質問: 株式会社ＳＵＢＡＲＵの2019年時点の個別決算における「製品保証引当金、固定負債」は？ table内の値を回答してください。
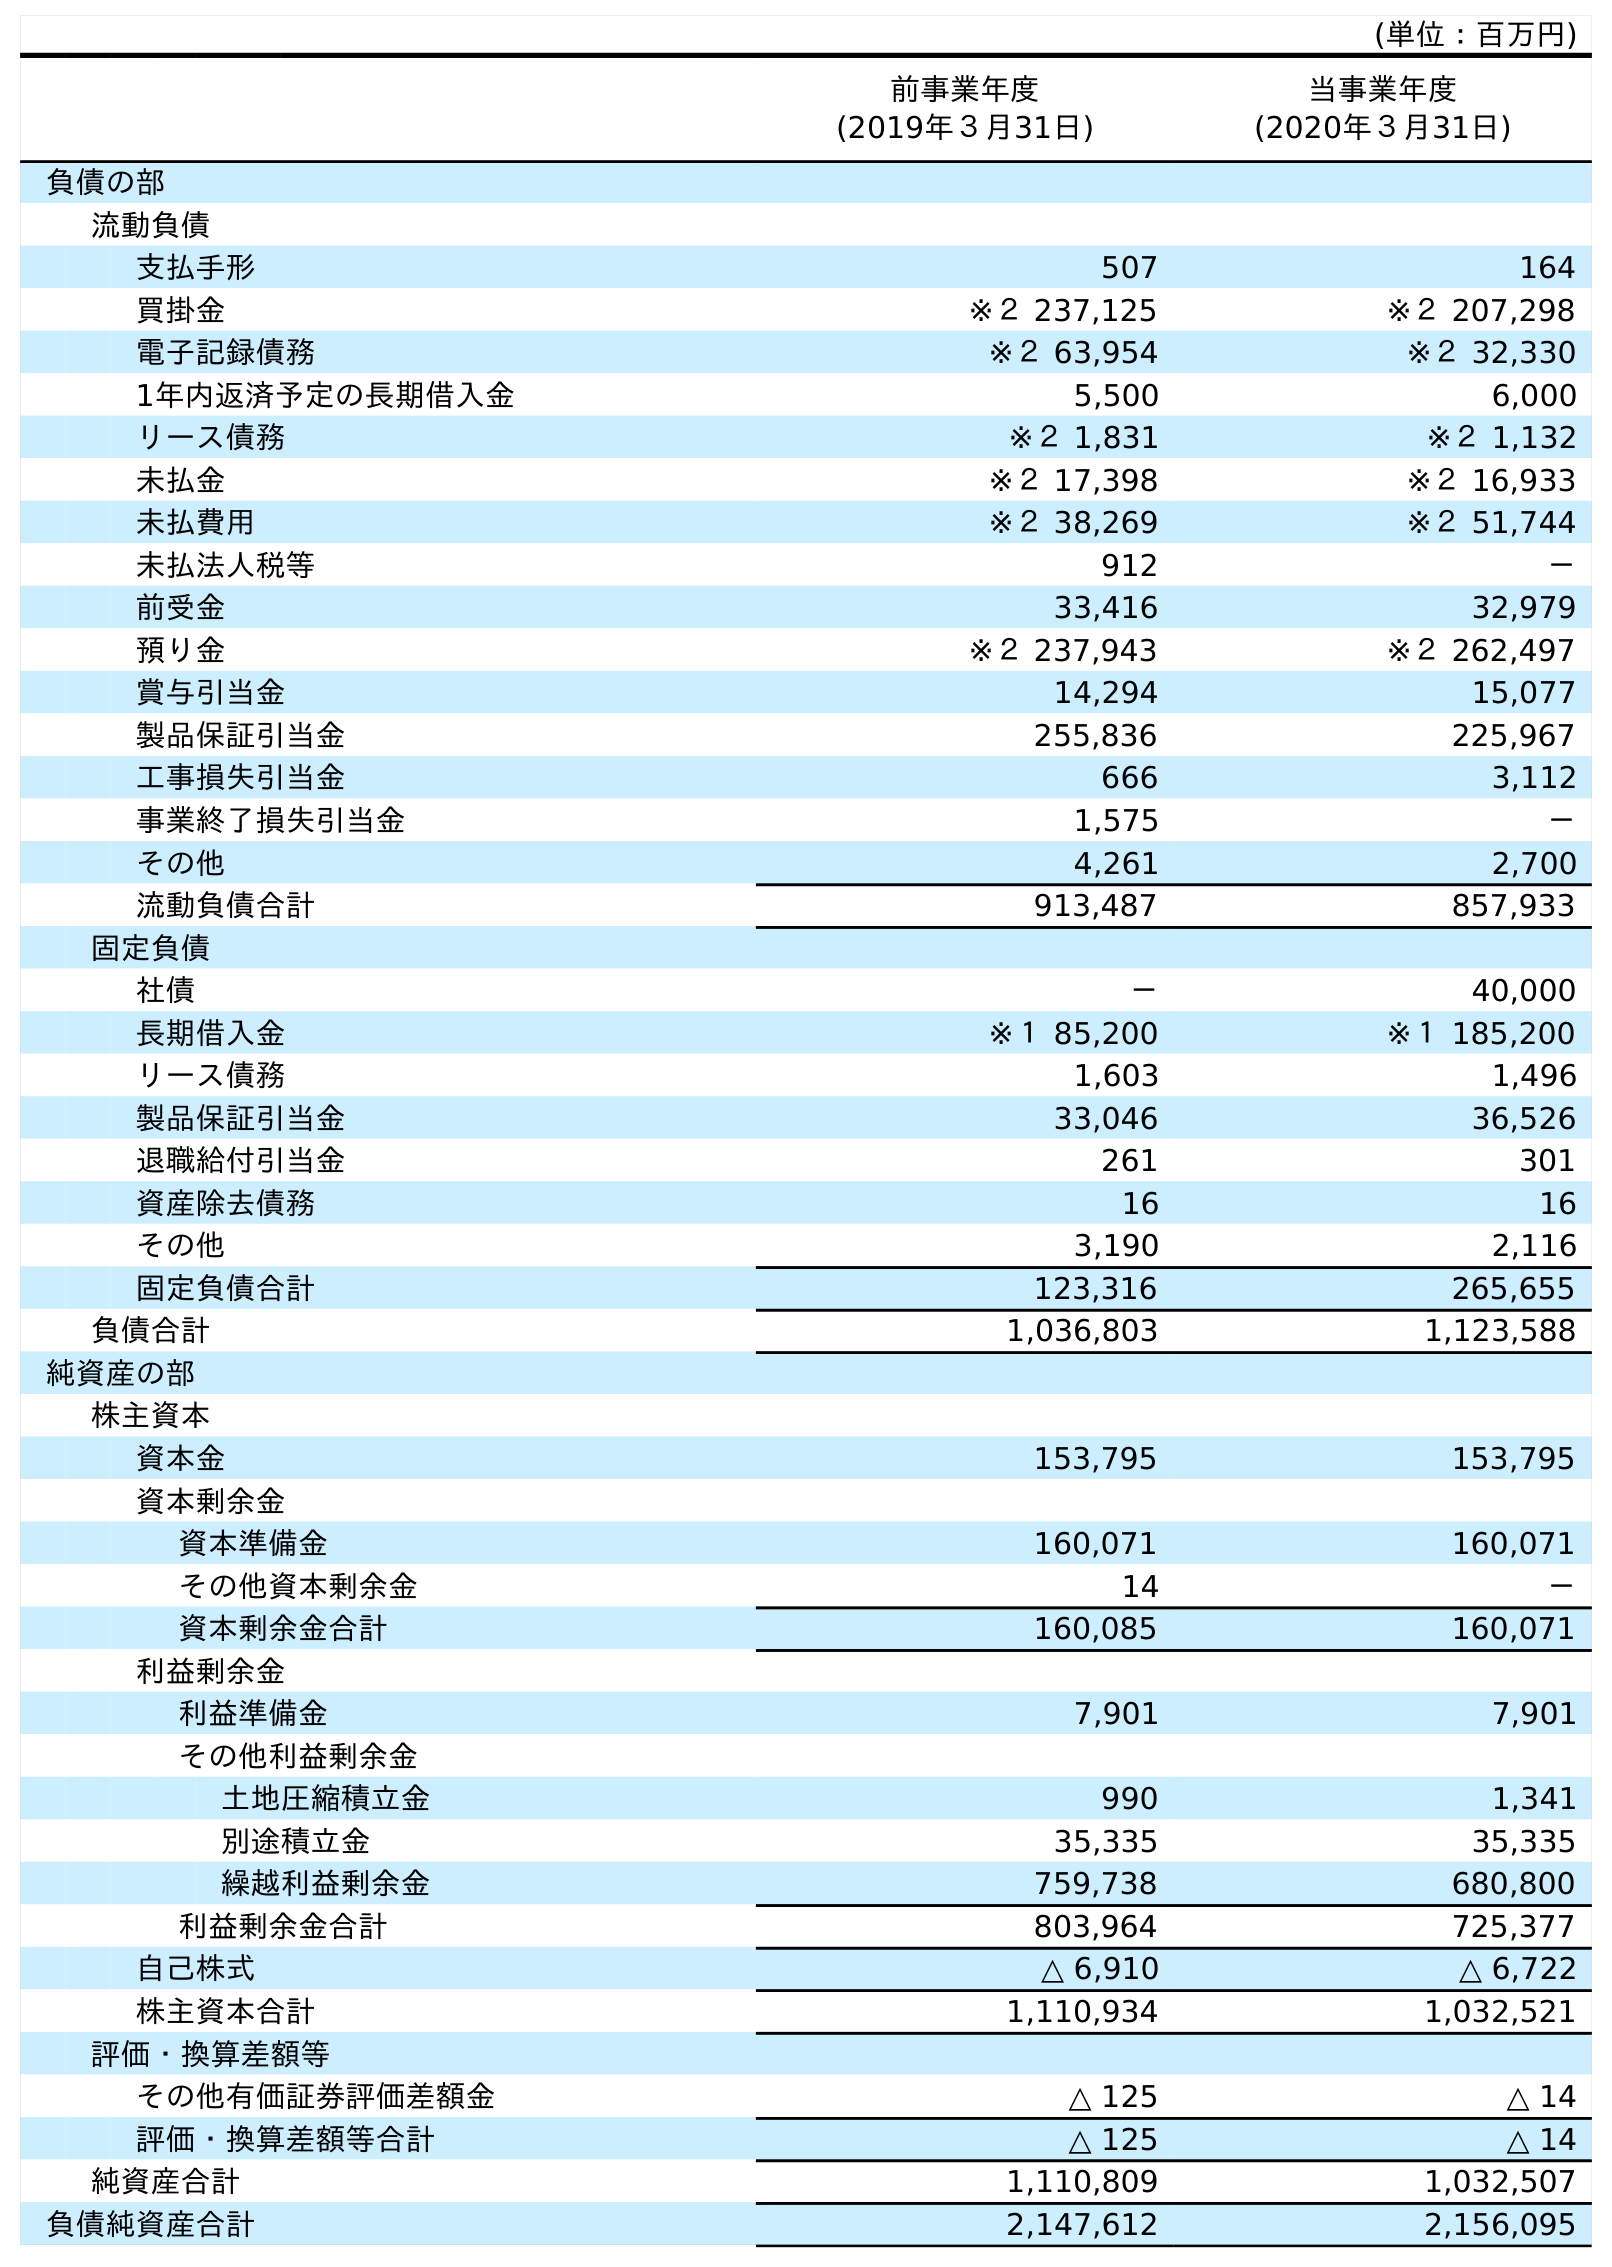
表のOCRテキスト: (単位：百万円) 前事業年度 (2019年３月31日) 当事業年度 (2020年３月31日) 負債の部 流動負債 支払手形 507 164 買掛金 ※２ 237,125 ※２ 207,298 電子記録債務 ※２ 63,954 ※２ 32,330 1年内返済予定の長期借入金 5,500 6,000 リース債務 ※２ 1,831 ※２ 1,132 未払金 ※２ 17,398 ※２ 16,933 未払費用 ※２ 38,269 ※２ 51,744 未払法人税等 912 － 前受金 33,416 32,979 預り金 ※２ 237,943 ※２ 262,497 賞与引当金 14,294 15,077 製品保証引当金 255,836 225,967 工事損失引当金 666 3,112 事業終了損失引当金 1,575 － その他 4,261 2,700 流動負債合計 913,487 857,933 固定負債 社債 － 40,000 長期借入金 ※１ 85,200 ※１ 185,200 リース債務 1,603 1,496 製品保証引当金 33,046 36,526 退職給付引当金 261 301 資産除去債務 16 16 その他 3,190 2,116 固定負債合計 123,316 265,655 負債合計 1,036,803 1,123,588 純資産の部 株主資本 資本金 153,795 153,795 資本剰余金 資本準備金 160,071 160,071 その他資本剰余金 14 － 資本剰余金合計 160,085 160,071 利益剰余金 利益準備金 7,901 7,901 その他利益剰余金 土地圧縮積立金 990 1,341 別途積立金 35,335 35,335 繰越利益剰余金 759,738 680,800 利益剰余金合計 803,964 725,377 自己株式 △ 6,910 △ 6,722 株主資本合計 1,110,934 1,032,521 評価・換算差額等 その他有価証券評価差額金 △ 125 △ 14 評価・換算差額等合計 △ 125 △ 14 純資産合計 1,110,809 1,032,507 負債純資産合計 2,147,612 2,156,095
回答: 33,046